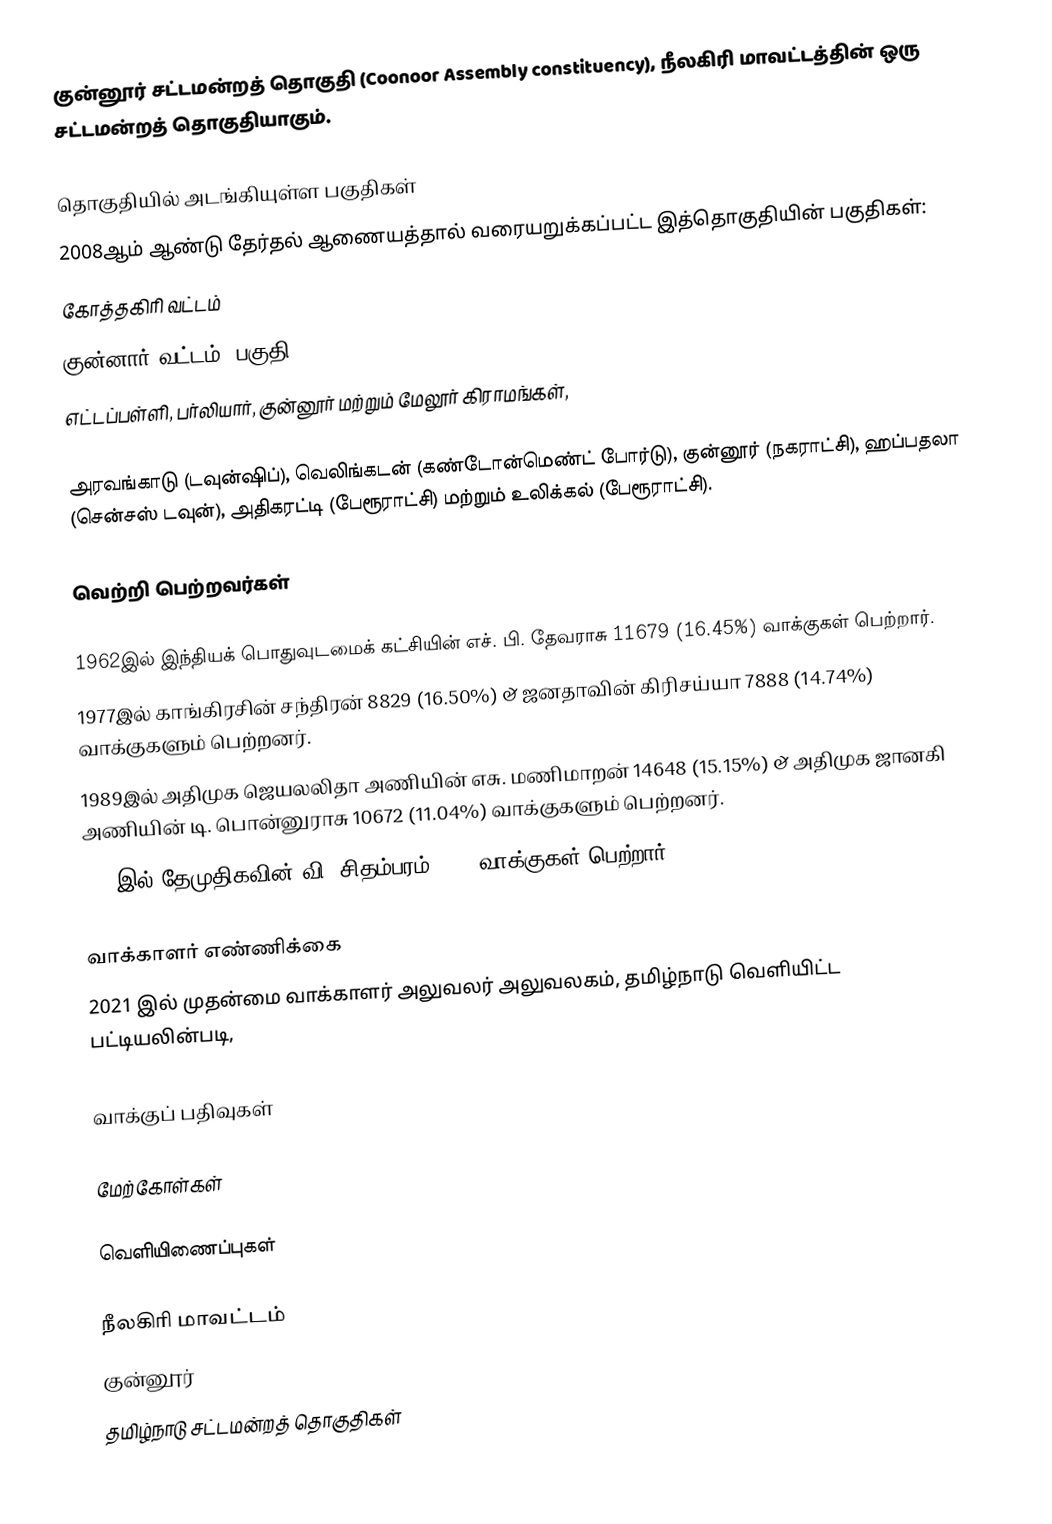
குன்னூர் சட்டமன்றத் தொகுதி (Coonoor Assembly constituency), நீலகிரி மாவட்டத்தின் ஒரு சட்டமன்றத் தொகுதியாகும்.

தொகுதியில் அடங்கியுள்ள பகுதிகள்
2008ஆம் ஆண்டு தேர்தல் ஆணையத்தால் வரையறுக்கப்பட்ட இத்தொகுதியின் பகுதிகள்:
 கோத்தகிரி வட்டம்
 குன்னார் வட்டம் (பகுதி)
எட்டப்பள்ளி, பர்லியார், குன்னூர் மற்றும் மேலூர் கிராமங்கள்,

அரவங்காடு (டவுன்ஷிப்), வெலிங்கடன் (கண்டோன்மெண்ட் போர்டு), குன்னூர் (நகராட்சி), ஹப்பதலா (சென்சஸ் டவுன்), அதிகரட்டி (பேரூராட்சி) மற்றும் உலிக்கல் (பேரூராட்சி).

வெற்றி பெற்றவர்கள்

 1962இல் இந்தியக் பொதுவுடமைக் கட்சியின் எச். பி. தேவராசு 11679 (16.45%) வாக்குகள் பெற்றார்.
 1977இல் காங்கிரசின் சந்திரன் 8829 (16.50%) & ஜனதாவின் கிரிசய்யா 7888 (14.74%) வாக்குகளும் பெற்றனர்.
 1989இல் அதிமுக ஜெயலலிதா அணியின் எசு. மணிமாறன் 14648 (15.15%) & அதிமுக ஜானகி அணியின் டி. பொன்னுராசு 10672 (11.04%) வாக்குகளும் பெற்றனர்.
 2006இல் தேமுதிகவின் வி. சிதம்பரம் 7227 வாக்குகள் பெற்றார்.

வாக்காளர் எண்ணிக்கை
2021 இல் முதன்மை வாக்காளர் அலுவலர் அலுவலகம், தமிழ்நாடு வெளியிட்ட பட்டியலின்படி,

வாக்குப் பதிவுகள்

மேற்கோள்கள்

வெளியிணைப்புகள்

நீலகிரி மாவட்டம்
குன்னூர்
தமிழ்நாடு சட்டமன்றத் தொகுதிகள்